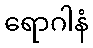
ရောဂါနံ